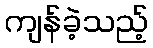
ကျန်ခဲ့သည့်